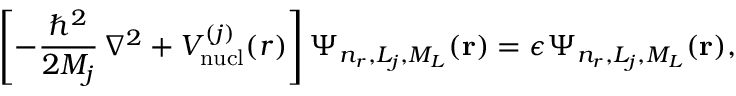
\left[ - \frac { \hbar ^ { 2 } } { 2 M _ { j } } \, \nabla ^ { 2 } + V _ { \mathrm { n u c l } } ^ { ( j ) } ( r ) \right] \Psi _ { n _ { r } , L _ { j } , M _ { L } } ( \mathbf { r } ) = \epsilon \Psi _ { n _ { r } , L _ { j } , M _ { L } } ( \mathbf { r } ) ,